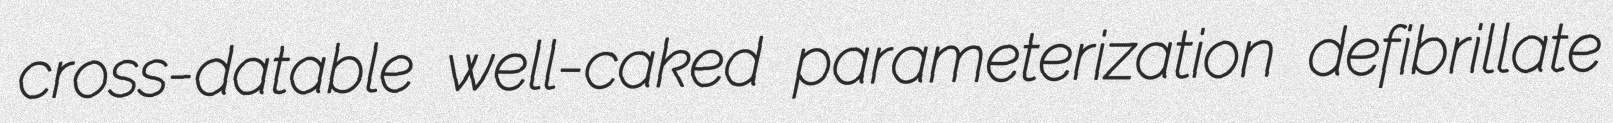
cross-datable well-caked parameterization defibrillate